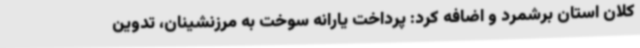
کلان استان برشمرد و اضافه کرد: پرداخت یارانه سوخت به مرزنشینان، تدوین